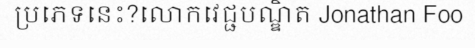
ប្រភេទនេះ?លោកវេជ្ជបណ្ឌិត Jonathan Foo